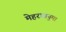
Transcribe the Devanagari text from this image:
मेहरावनुमा